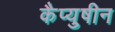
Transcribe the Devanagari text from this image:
कैप्युषीन